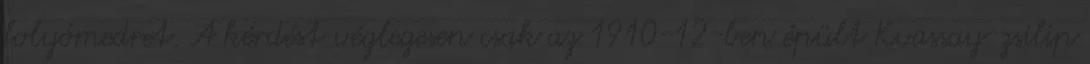
folyómedret. A kérdést véglegesen csak az 1910-12-ben épült Kvassay-zsilip